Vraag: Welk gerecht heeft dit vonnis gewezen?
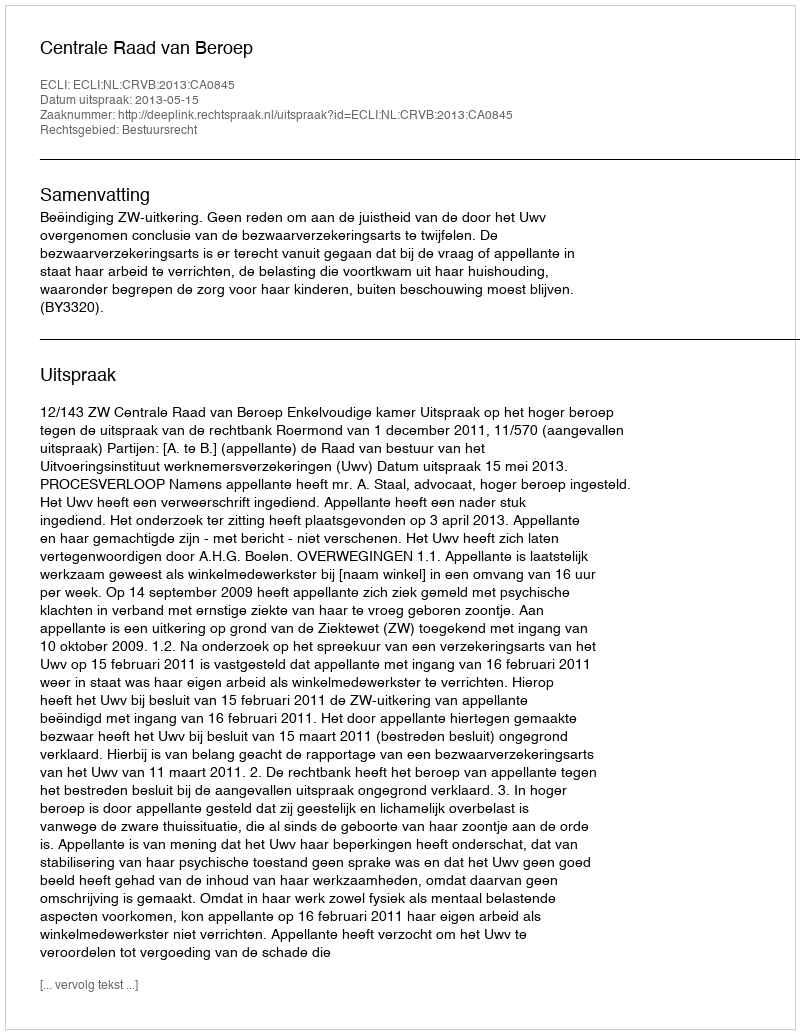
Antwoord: Centrale Raad van Beroep